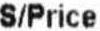
S/PRICE